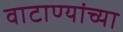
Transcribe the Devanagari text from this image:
वाटाण्यांच्या